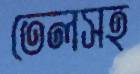
তেলসহ